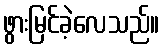
ဖွားမြင်ခဲ့လေသည်။